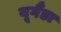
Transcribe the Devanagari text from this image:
यूगैंडा